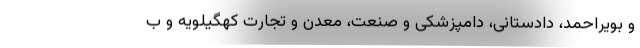
‌و بویراحمد، دادستانی، دامپزشکی و صنعت، معدن و تجارت کهگیلویه و ب